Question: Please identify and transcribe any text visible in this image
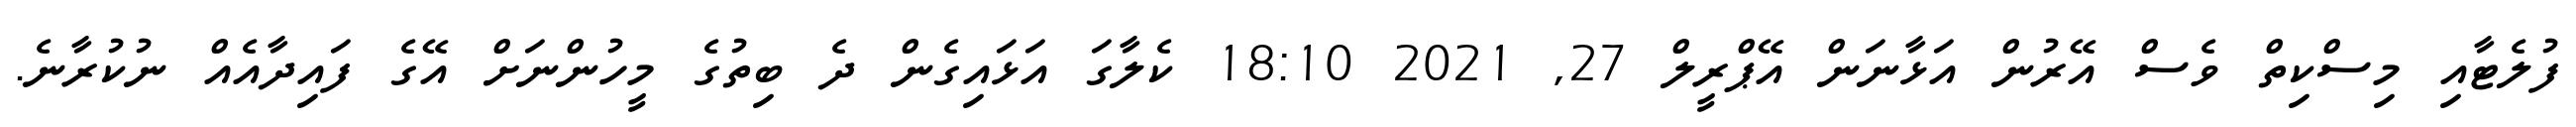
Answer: ފުލެޓާއި މިސްކިތް ވެސް އޭރުން އަޅާނަން އޭޕްރީލް 27, 2021 18:10 ކެލާގަ އަޅައިގެން ދެ ބިތުގެ މީހުންނަށް އޭގެ ފައިދާއެއް ނުކުރާނެ.